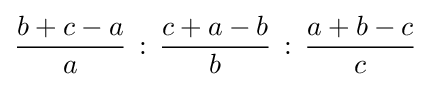
{\frac {b+c-a}{a}}\,:\,{\frac {c+a-b}{b}}\,:\,{\frac {a+b-c}{c}}